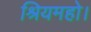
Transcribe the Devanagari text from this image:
श्रियमहो।